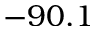
- 9 0 . 1